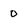
Character: 0